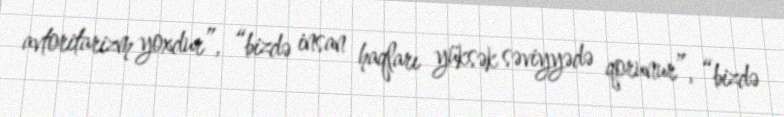
avtoritarizm yoxdur”, “bizdə insan haqları yüksək səviyyədə qorunur”, “bizdə